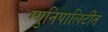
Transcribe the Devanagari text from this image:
म्युनिपालिटीत